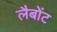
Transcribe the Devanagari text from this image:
लैबोंट